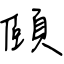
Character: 頤